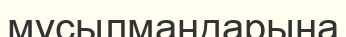
мұсылмандарына